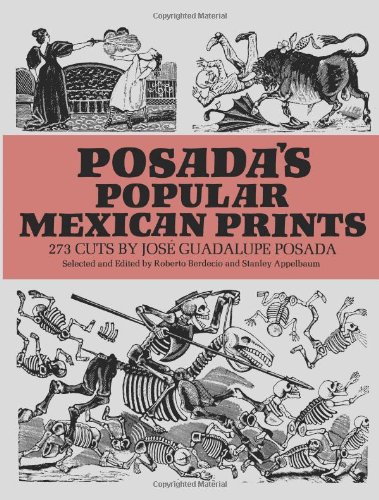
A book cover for Posada's Popular Mexican Prints (Dover Fine Art, History of Art); JosÃ© Posada; Arts & Photography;